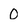
Character: 0